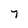
Character: 7